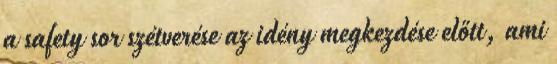
a safety sor szétverése az idény megkezdése előtt, ami